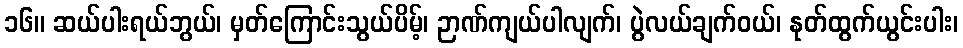
၁၆။ ဆယ်ပါးရယ်ဘွယ်၊ မှတ်ကြောင်းသွယ်ပိမ့်၊ ဉာဏ်ကျယ်ပါလျက်၊ ပွဲလယ်ချက်ဝယ်၊ နုတ်ထွက်ယွင်းပါး၊